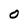
Character: O